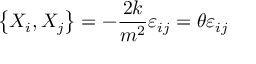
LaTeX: \left\{ X _ { i } , X _ { j } \right\} = - \frac { 2 k } { m ^ { 2 } } \varepsilon _ { i j } = \theta \varepsilon _ { i j }